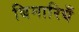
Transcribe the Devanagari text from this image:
बिमारियँ